Scottish Leaving Certificate Examination, 1957
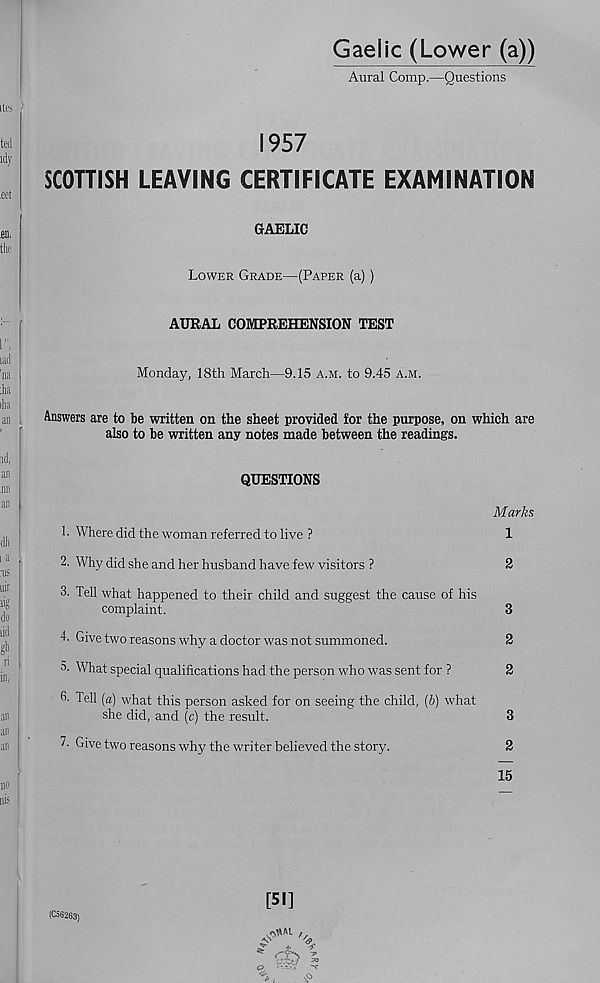
Gaelic (Lower (a))
Aural Comp.—Questions
1957
SCOTTISH LEAVING CERTIFICATE EXAMINATION
GAELIC
Lower Grade—(Paper (a))
AURAL COMPREHENSION TEST
Monday, 18th March—9.15 a.m. to 9.45 a.m.
Answers are to be written on the sheet provided for the purpose, on which are
also to be written any notes made between the readings.
QUESTIONS
Marks
1. Where did the woman referred to live ?
1
2. Why did she and her husband have few visitors ?
2
3. Tell what happened to their child and suggest the cause of his
complaint.
3
4. Give two reasons why a doctor was not summoned.
2
3- What special qualifications had the person who was sent for ?
2
6. Tell [a) what this person asked for on seeing the child, (/;) what
she did, and (c) the result.
3
7. Givetworeasonswhy the writer believed the story.
2
15
(C56263)
[51]
^ rK -
>
•£>
CP,
1 .